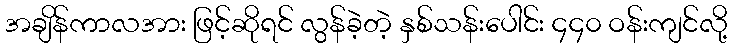
အချိန်ကာလအား ဖြင့်ဆိုရင် လွန်ခဲ့တဲ့ နှစ်သန်းပေါင်း ၄၄၀ ဝန်းကျင်လို့